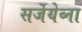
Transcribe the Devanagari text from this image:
सर्जेयेव्ना